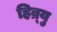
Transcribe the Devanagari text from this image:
हिब्र्यु